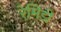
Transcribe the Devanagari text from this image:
रेमिडी